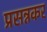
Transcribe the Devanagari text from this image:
प्रसन्नकर